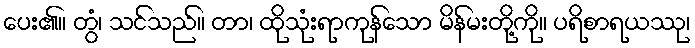
ပေး၏။ တွံ၊ သင်သည်။ တာ၊ ထိုသုံးရာကုန်သော မိန်မးတို့ကို။ ပရိစာရယဿု၊